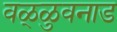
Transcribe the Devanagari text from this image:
वळ्ळुवनाड